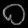
Digit: ၀